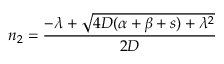
n _ { 2 } = \frac { - \lambda + \sqrt { 4 D ( \alpha + \beta + s ) + \lambda ^ { 2 } } } { 2 D }